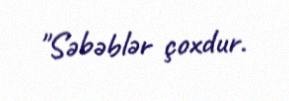
"Səbəblər çoxdur.